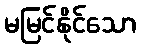
မမြင်နိုင်သော